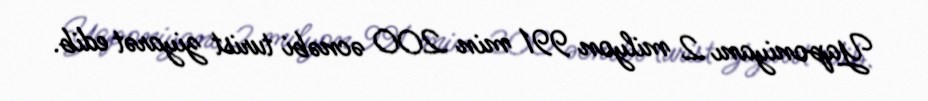
Yaponiyanı 2 milyon 991 min 200 əcnəbi turist ziyarət edib.